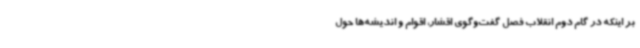
بر اینکه در گام دوم انقلاب فصل گفت‌وگوی اقشار، اقوام و اندیشه‌ها حول